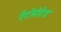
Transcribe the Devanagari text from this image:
ऍटोमेटेड